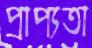
প্রাপ্যতা